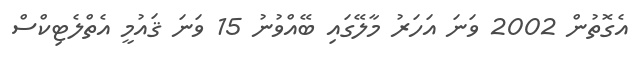
އެގޮތުން 2002 ވަނަ އަހަރު މާލޭގައި ބޭއްވުނު 15 ވަނަ ޤައުމީ އެތްލެޓިކްސް